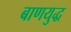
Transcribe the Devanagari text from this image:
बाणयुद्ध